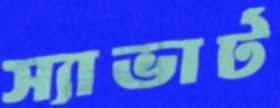
স্যাভার্ট